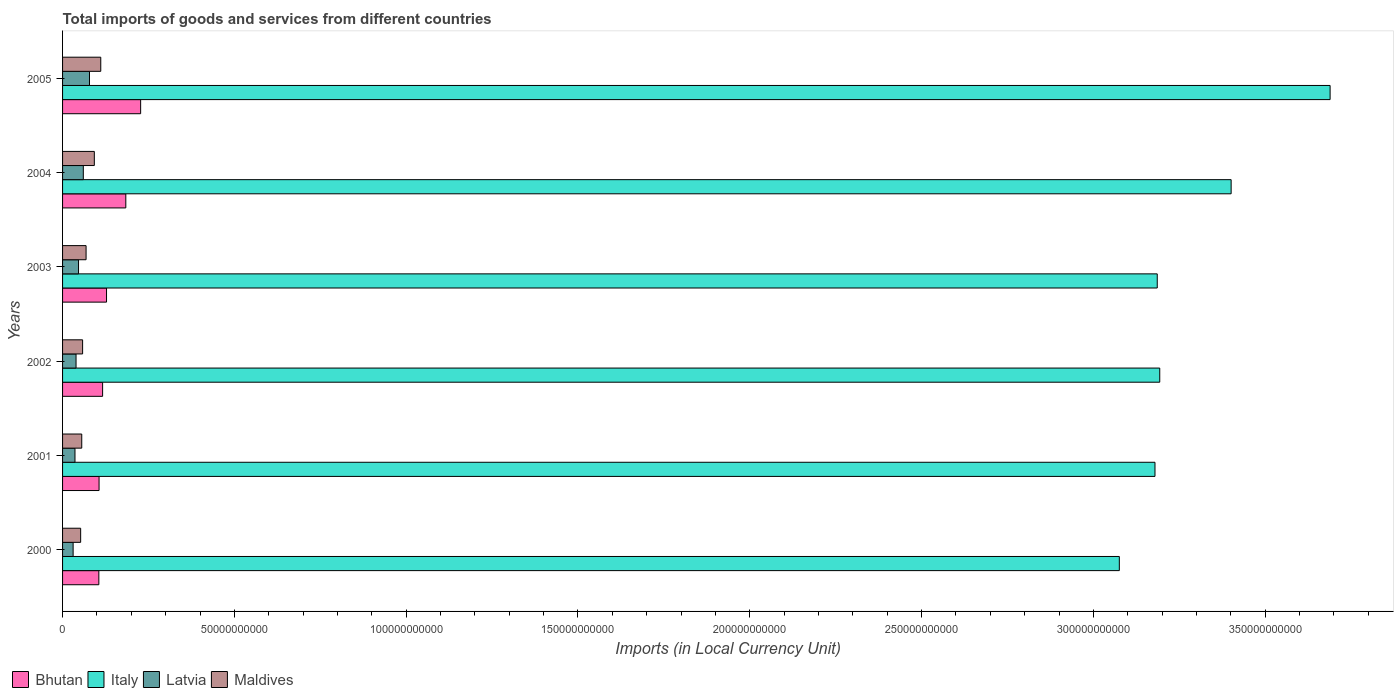
| Years | Bhutan | Italy | Latvia | Maldives |
 | --- | --- | --- | --- | --- |
 | 2000 | 1.06e+10 | 3.08e+11 | 3.07e+09 | 5.26e+09 |
 | 2001 | 1.06e+10 | 3.18e+11 | 3.61e+09 | 5.58e+09 |
 | 2002 | 1.17e+10 | 3.19e+11 | 3.92e+09 | 5.84e+09 |
 | 2003 | 1.28e+10 | 3.19e+11 | 4.65e+09 | 6.84e+09 |
 | 2004 | 1.84e+10 | 3.4e+11 | 6.04e+09 | 9.24e+09 |
 | 2005 | 2.27e+10 | 3.69e+11 | 7.84e+09 | 1.11e+10 |